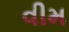
વીમ